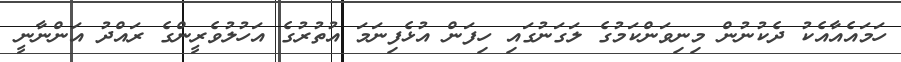
ހަމައެއާއެކު ދެކުނުން މިނިވަންކަމުގެ ލަގަނުގައި ހިފަން އުޅެފިނަމަ އުތުރުގެ އަހުލުވެރީންގެ ރައްދު އަންނާނީ